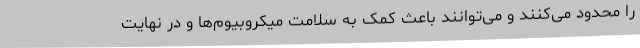
را محدود می‌کنند و می‌توانند باعث کمک به سلامت میکروبیوم‌ها و در نهایت